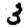
Digit: 3